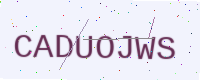
Text: CADUOJWS